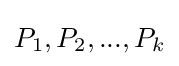
P_{1},P_{2},...,P_{k}